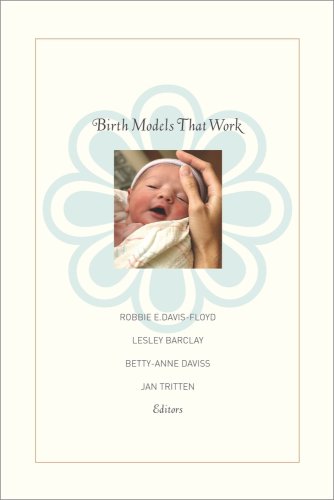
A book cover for Birth Models That Work; Medical Books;